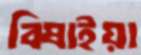
বিষাইয়া